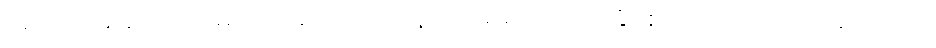
အကြင်အခါ၌။ ကာမရာဂပရိယုဋ္ဌိတေန၊ ကာမရာဂသည်နှိပ်စက်အပ်သော။ စေတသာ၊